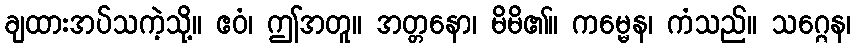
ချထားအပ်သကဲ့သို့။ ဧဝံ၊ ဤအတူ။ အတ္တနော၊ မိမိ၏။ ကမ္မေန၊ ကံသည်။ သဂ္ဂေန၊